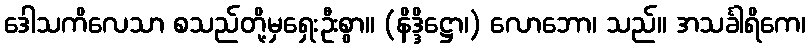
ဒေါသကိလေသာ စသည်တို့မှရှေးဦးစွာ။ (နိဒ္ဒိဋ္ဌော၊) လောဘော၊ သည်။ အသင်္ခါရိကေ၊